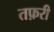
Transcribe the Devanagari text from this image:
तफ़री